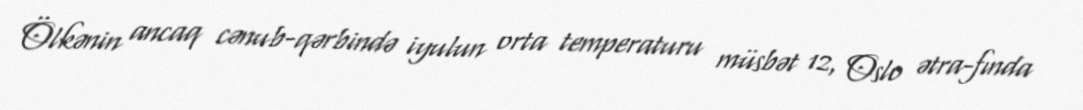
Ölkənin ancaq cənub-qərbində iyulun orta temperaturu müsbət 12, Oslo ətra-fında